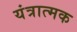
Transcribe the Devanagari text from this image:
यंत्रात्मक